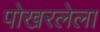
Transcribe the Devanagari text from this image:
पोखरलेला